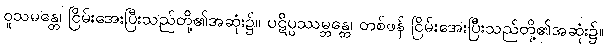
ဝူသမန္တေ၊ ငြိမ်းအေးပြီးသည်တို့၏အဆုံး၌။ ပဋိပ္ပဿမ္ဘန္တေ၊ တစ်ဖန် ငြိမ်းအေးပြီးသည်တို့၏အဆုံး၌။